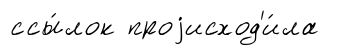
ссы́лок проjисход'и́ла